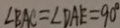
\angle B A C = \angle D A E = 9 0 ^ { \circ }